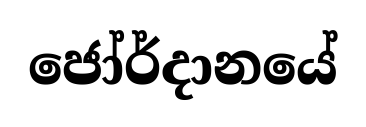
ජෝර්දානයේ